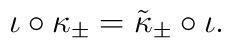
\iota\circ\kappa_\pm=\tilde\kappa_\pm\circ\iota.